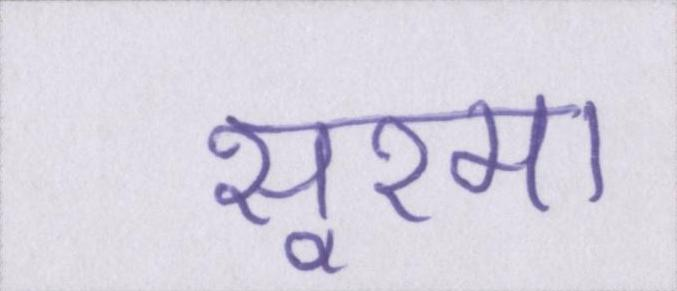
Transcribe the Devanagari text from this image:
सूरमा